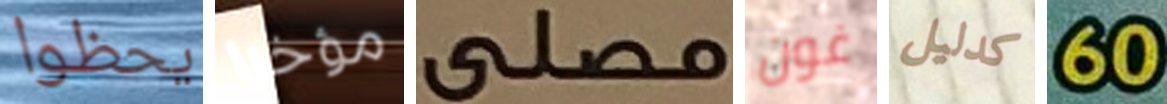
يحظوا مؤخرا مصلى غون كدليل 60